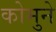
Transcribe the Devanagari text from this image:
कोमुने